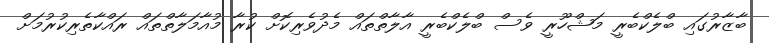
ބާޒާރުގައި ބްލެކްބެރީ މަޝްހޫރީ ވެސް ބްލެކްބެރީ އާލާތްތައް މެދުވެރިކޮށް ކުރާ މުއާމަލާތްތައް ރައްކާތެރިކުރުމަށް